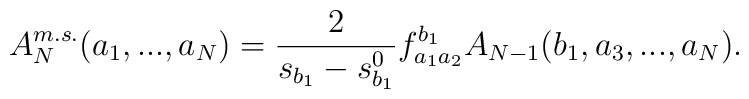
A_N^{m.s.}(a_1,...,a_N)=\frac{2}{s_{b_1}-s^0_{b_1}}f_{a_1 a_2}^{b_1}A_{N-1}(b_1, a_3,...,a_N).